Proceedings of the meeting of veterinary officers in India
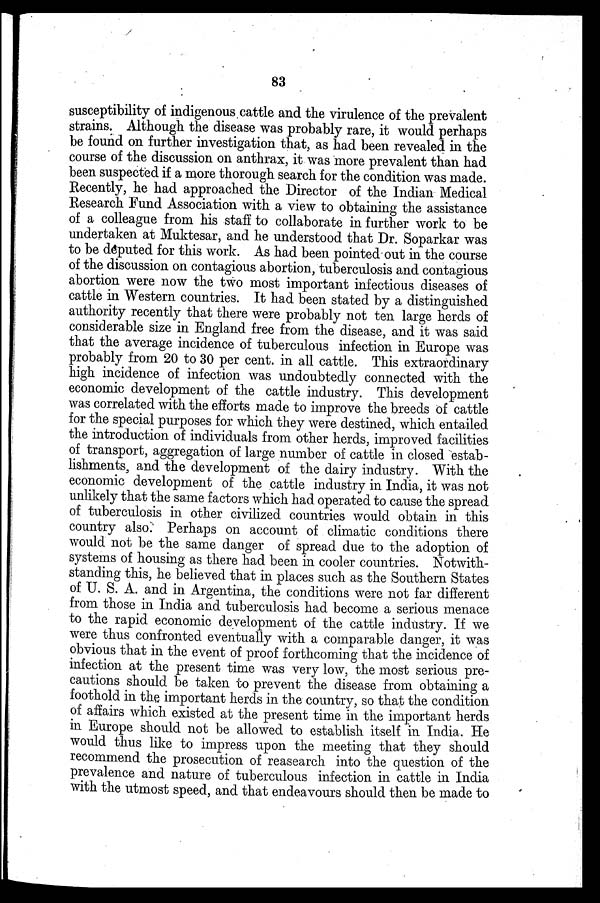
83
susceptibility of indigenous cattle and the virulence of the prevalent
strains. Although the disease was probably rare, it would perhaps
be found on further investigation that, as had been revealed in the
course of the discussion on anthrax, it was more prevalent than had
been suspected if a more thorough search for the condition was made.
Recently, he had approached the Director of the Indian Medical
Research Fund Association with a view to obtaining the assistance
of a colleague from his staff to collaborate in further work to be
undertaken at Muktesar, and he understood that Dr. Soparkar was
to be deputed for this work. As had been pointed out in the course
of the discussion on contagious abortion, tuberculosis and contagious
abortion were now the two most important infectious diseases of
cattle in Western countries. It had been stated by a distinguished
authority recently that there were probably not ten large herds of
considerable size in England free from the disease, and it was said
that the average incidence of tuberculous infection in Europe was
probably from 20 to 30 per cent. in all cattle. This extraordinary
high incidence of infection was undoubtedly connected with the
economic development of the cattle industry. This development
was correlated with the efforts made to improve the breeds of cattle
for the special purposes for which they were destined, which entailed
the introduction of individuals from other herds, improved facilities
of transport, aggregation of large number of cattle in closed estab-
lishments, and the development of the dairy industry. With the
economic development of the cattle industry in India, it was not
unlikely that the same factors which had operated to cause the spread
of tuberculosis in other civilized countries would obtain in this
country also. Perhaps on account of climatic conditions there
would not be the same danger of spread due to the adoption of
systems of housing as there had been in cooler countries. Notwith-
standing this, he believed that in places such as the Southern States
of U. S. A. and in Argentina, the conditions were not far different
from those in India and tuberculosis had become a serious menace
to the rapid economic development of the cattle industry. If we
were thus confronted eventually with a comparable danger, it was
obvious that in the event of proof forthcoming that the incidence of
infection at the present time was very low, the most serious pre-
cautions should be taken to prevent the disease from obtaining a
foothold in the important herds in the country, so that the condition
of affairs which existed at the present time in the important herds
in Europe should not be allowed to establish itself in India. He
would thus like to impress upon the meeting that they should
recommend the prosecution of reasearch into the question of the
prevalence and nature of tuberculous infection in cattle in India
with the utmost speed, and that endeavours should then be made to